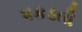
પકડતી